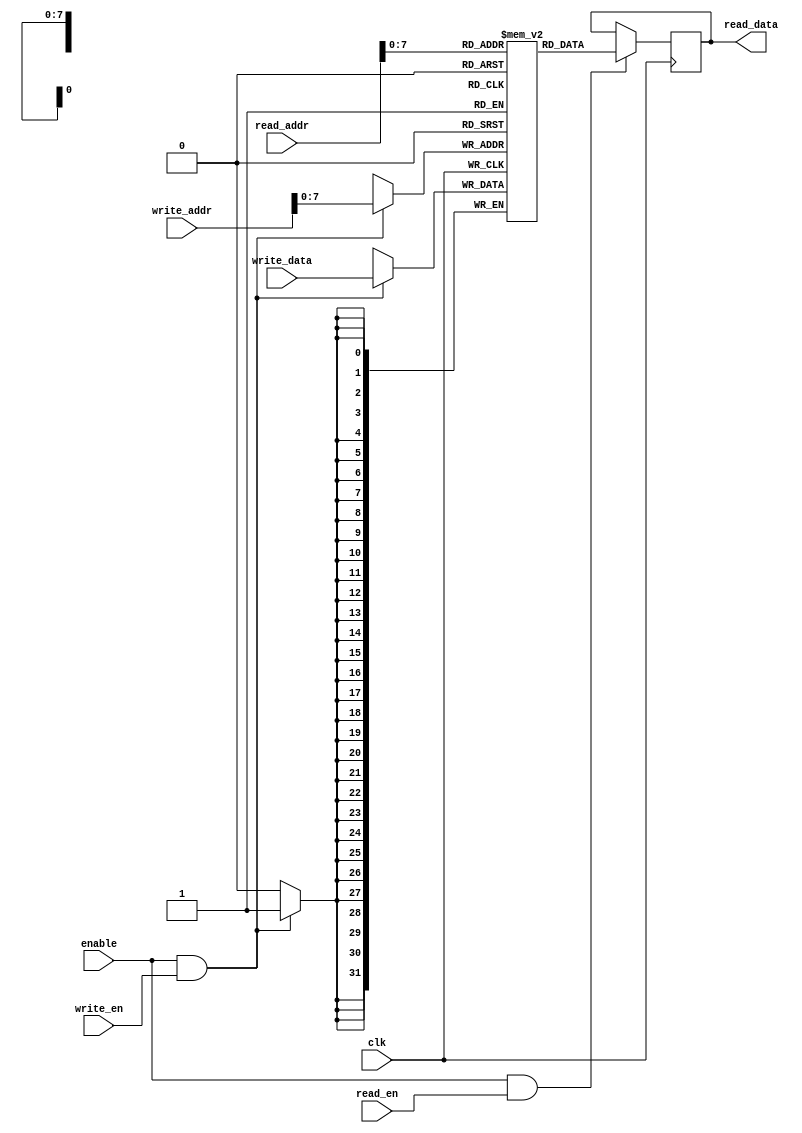
module qdr_sram
(
  input wire clk,
  input wire enable,
  
  // Read data ports
  input wire [31:0] read_addr,
  output reg [31:0] read_data,
  
  // Write data ports
  input wire [31:0] write_addr,
  input wire [31:0] write_data,
  
  // Control signals
  input wire read_en,
  input wire write_en
);

// Memory module declaration
reg [31:0] memory [0:255];

// Read operation
always @(posedge clk)
begin
  if (enable && read_en)
    read_data <= memory[read_addr];
end

// Write operation
always @(posedge clk)
begin
  if (enable && write_en)
    memory[write_addr] <= write_data;
end

endmodule